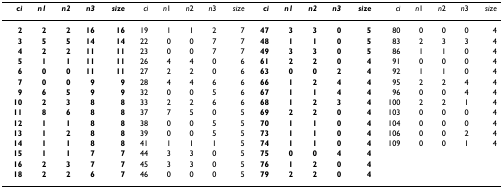
<table><thead><tr><td><b><i>ci</i></b></td><td><b><i>n1</i></b></td><td><b><i>n2</i></b></td><td><b><i>n3</i></b></td><td><b><i>size</i></b></td><td><b><i>ci</i></b></td><td><b><i>n</i>1</b></td><td><b><i>n</i>2</b></td><td><b><i>n</i>3</b></td><td><b><i>size</i></b></td><td><b><i>ci</i></b></td><td><b><i>n1</i></b></td><td><b><i>n2</i></b></td><td><b><i>n3</i></b></td><td><b><i>size</i></b></td><td><b><i>ci</i></b></td><td><b><i>n</i>1</b></td><td><b><i>n</i>2</b></td><td><b><i>n</i>3</b></td><td><b><i>size</i></b></td></tr></thead><tbody><tr><td><b>2</b></td><td><b>2</b></td><td><b>2</b></td><td><b>16</b></td><td><b>16</b></td><td>19</td><td>1</td><td>1</td><td>2</td><td>7</td><td><b>47</b></td><td><b>3</b></td><td><b>3</b></td><td><b>0</b></td><td><b>5</b></td><td>80</td><td>0</td><td>0</td><td>0</td><td>4</td></tr><tr><td><b>3</b></td><td><b>5</b></td><td><b>5</b></td><td><b>14</b></td><td><b>14</b></td><td>22</td><td>0</td><td>0</td><td>7</td><td>7</td><td><b>48</b></td><td><b>1</b></td><td><b>1</b></td><td><b>0</b></td><td><b>5</b></td><td>83</td><td>2</td><td>3</td><td>3</td><td>4</td></tr><tr><td><b>4</b></td><td><b>2</b></td><td><b>2</b></td><td><b>11</b></td><td><b>11</b></td><td>23</td><td>0</td><td>0</td><td>7</td><td>7</td><td><b>49</b></td><td><b>3</b></td><td><b>3</b></td><td><b>0</b></td><td><b>5</b></td><td>86</td><td>1</td><td>1</td><td>0</td><td>4</td></tr><tr><td><b>5</b></td><td><b>1</b></td><td><b>1</b></td><td><b>11</b></td><td><b>11</b></td><td>26</td><td>4</td><td>4</td><td>0</td><td>6</td><td><b>61</b></td><td><b>2</b></td><td><b>2</b></td><td><b>0</b></td><td><b>4</b></td><td>91</td><td>0</td><td>0</td><td>0</td><td>4</td></tr><tr><td><b>6</b></td><td><b>0</b></td><td><b>0</b></td><td><b>11</b></td><td><b>11</b></td><td>27</td><td>2</td><td>2</td><td>0</td><td>6</td><td><b>63</b></td><td><b>0</b></td><td><b>0</b></td><td><b>2</b></td><td><b>4</b></td><td>92</td><td>1</td><td>1</td><td>0</td><td>4</td></tr><tr><td><b>7</b></td><td><b>0</b></td><td><b>0</b></td><td><b>9</b></td><td><b>9</b></td><td>28</td><td>4</td><td>4</td><td>6</td><td>6</td><td><b>66</b></td><td><b>1</b></td><td><b>2</b></td><td><b>4</b></td><td><b>4</b></td><td>95</td><td>2</td><td>2</td><td>4</td><td>4</td></tr><tr><td><b>9</b></td><td><b>6</b></td><td><b>5</b></td><td><b>9</b></td><td><b>9</b></td><td>32</td><td>0</td><td>0</td><td>5</td><td>6</td><td><b>67</b></td><td><b>1</b></td><td><b>1</b></td><td><b>4</b></td><td><b>4</b></td><td>96</td><td>0</td><td>0</td><td>4</td><td>4</td></tr><tr><td><b>10</b></td><td><b>2</b></td><td><b>3</b></td><td><b>8</b></td><td><b>8</b></td><td>33</td><td>2</td><td>2</td><td>6</td><td>6</td><td><b>68</b></td><td><b>1</b></td><td><b>2</b></td><td><b>3</b></td><td><b>4</b></td><td>100</td><td>2</td><td>2</td><td>1</td><td>4</td></tr><tr><td><b>11</b></td><td><b>8</b></td><td><b>6</b></td><td><b>8</b></td><td><b>8</b></td><td>37</td><td>7</td><td>5</td><td>0</td><td>5</td><td><b>69</b></td><td><b>2</b></td><td><b>2</b></td><td><b>0</b></td><td><b>4</b></td><td>103</td><td>0</td><td>0</td><td>0</td><td>4</td></tr><tr><td><b>12</b></td><td><b>1</b></td><td><b>1</b></td><td><b>8</b></td><td><b>8</b></td><td>38</td><td>0</td><td>0</td><td>5</td><td>5</td><td><b>70</b></td><td><b>1</b></td><td><b>1</b></td><td><b>0</b></td><td><b>4</b></td><td>104</td><td>0</td><td>0</td><td>0</td><td>4</td></tr><tr><td><b>13</b></td><td><b>1</b></td><td><b>2</b></td><td><b>8</b></td><td><b>8</b></td><td>39</td><td>0</td><td>0</td><td>5</td><td>5</td><td><b>73</b></td><td><b>1</b></td><td><b>1</b></td><td><b>0</b></td><td><b>4</b></td><td>106</td><td>0</td><td>0</td><td>2</td><td>4</td></tr><tr><td><b>14</b></td><td><b>1</b></td><td><b>1</b></td><td><b>8</b></td><td><b>8</b></td><td>41</td><td>1</td><td>1</td><td>1</td><td>5</td><td><b>74</b></td><td><b>1</b></td><td><b>1</b></td><td><b>0</b></td><td><b>4</b></td><td>109</td><td>0</td><td>0</td><td>1</td><td>4</td></tr><tr><td><b>15</b></td><td><b>1</b></td><td><b>1</b></td><td><b>7</b></td><td><b>7</b></td><td>44</td><td>3</td><td>3</td><td>0</td><td>5</td><td><b>75</b></td><td><b>0</b></td><td><b>0</b></td><td><b>4</b></td><td><b>4</b></td><td></td><td></td><td></td><td></td><td></td></tr><tr><td><b>16</b></td><td><b>2</b></td><td><b>3</b></td><td><b>7</b></td><td><b>7</b></td><td>45</td><td>3</td><td>3</td><td>0</td><td>5</td><td><b>76</b></td><td><b>1</b></td><td><b>2</b></td><td><b>0</b></td><td><b>4</b></td><td></td><td></td><td></td><td></td><td></td></tr><tr><td><b>18</b></td><td><b>2</b></td><td><b>2</b></td><td><b>6</b></td><td><b>7</b></td><td>46</td><td>0</td><td>0</td><td>0</td><td>5</td><td><b>79</b></td><td><b>2</b></td><td><b>2</b></td><td><b>0</b></td><td><b>4</b></td><td></td><td></td><td></td><td></td><td></td></tr></tbody></table>